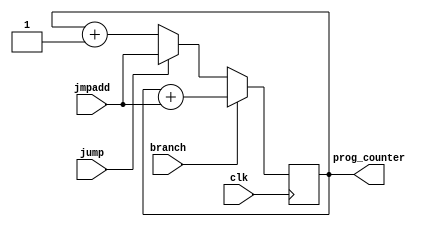

module program_counter(
    input clk,
    input [7:0] jmpadd,
    input jump,
    input branch,
    output [7:0] prog_counter
    );
	 
	 reg[7:0] pc;
	 initial begin
		  pc<=0;
	 end
	 
	 
	 always @(posedge clk)
	 begin
		if(branch)	pc<=pc+jmpadd;
		else if(jump) pc<=jmpadd;
		else pc<=pc+1;
	 end
	 
	 assign prog_counter=pc;

endmodule